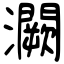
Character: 灍